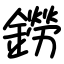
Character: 鐒